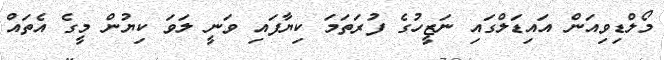
މޯލްޑިވިއަން އައިޑަލްގައި ނަޒީހުގެ ފުރަތަމަ ކިޔާފައި ވަނީ ލަވަ ކިޔުން މީގެ އެތައް